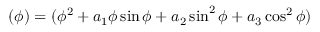
( \phi ) = ( \phi ^ { 2 } + a _ { 1 } \phi \sin \phi + a _ { 2 } \sin ^ { 2 } \phi + a _ { 3 } \cos ^ { 2 } \phi )